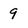
Character: 9